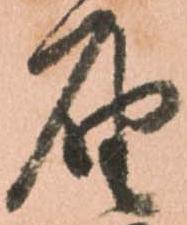
届